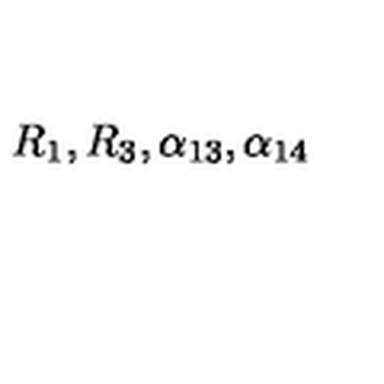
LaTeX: R _ { 1 } , R _ { 3 } , \alpha _ { 1 3 } , \alpha _ { 1 4 }